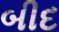
બીદ